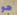
هو